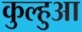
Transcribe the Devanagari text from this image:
कुल्हुआ